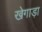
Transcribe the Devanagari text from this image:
खेगाड़ा